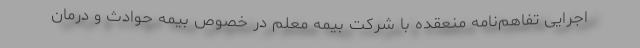
اجرایی تفاهم‌نامه منعقده با شرکت بیمه معلم در خصوص بیمه حوادث و درمان